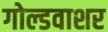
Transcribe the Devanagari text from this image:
गोल्डवाशर